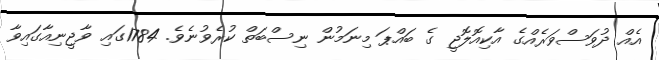
އެއް ދުވަސްވަރެއްގެ އާކިއޮލޮޖީ ގެ ބައްޕަ މިނަމުން ނިސްބަތް ކުރެވުނެވެ. 1784ގައި ވާޖީނިއާގައިވާ